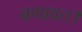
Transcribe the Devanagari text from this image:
बगावत।